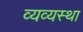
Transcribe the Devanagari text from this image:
व्यव्यस्था